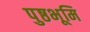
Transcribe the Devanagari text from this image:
पुष्ठभूमि